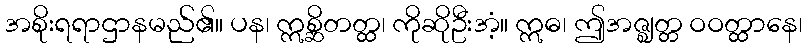
အစိုးရရာဌာနမည်၏။ ပန၊ ဣစ္ဆိတတ္ထ၊ ကိုဆိုဦးအံ့။ ဣဓ၊ ဤအဇ္ဈတ္တ ဝဝတ္ထာနေ၊